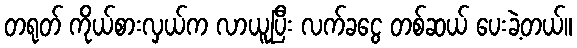
တရုတ် ကိုယ်စားလှယ်က လာယူပြီး လက်ခငွေ တစ်ဆယ် ပေးခဲ့တယ်။